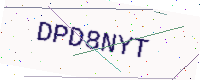
Text: DPD8NYT